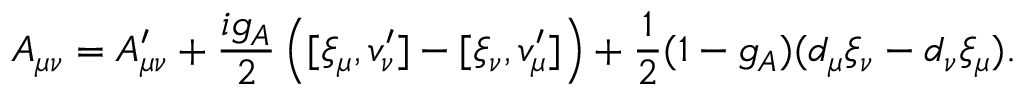
A _ { \mu \nu } = { \cal A } _ { \mu \nu } ^ { \prime } + \frac { i g _ { A } } { 2 } \left( [ \xi _ { \mu } , v _ { \nu } ^ { \prime } ] - [ \xi _ { \nu } , v _ { \mu } ^ { \prime } ] \right) + \frac { 1 } { 2 } ( 1 - g _ { A } ) ( d _ { \mu } \xi _ { \nu } - d _ { \nu } \xi _ { \mu } ) .